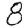
Digit: 8